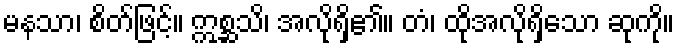
မနသာ၊ စိတ်ဖြင့်။ ဣစ္ဆသိ၊ အလိုရှိ၏။ တံ၊ ထိုအလိုရှိသော ဆုကို။